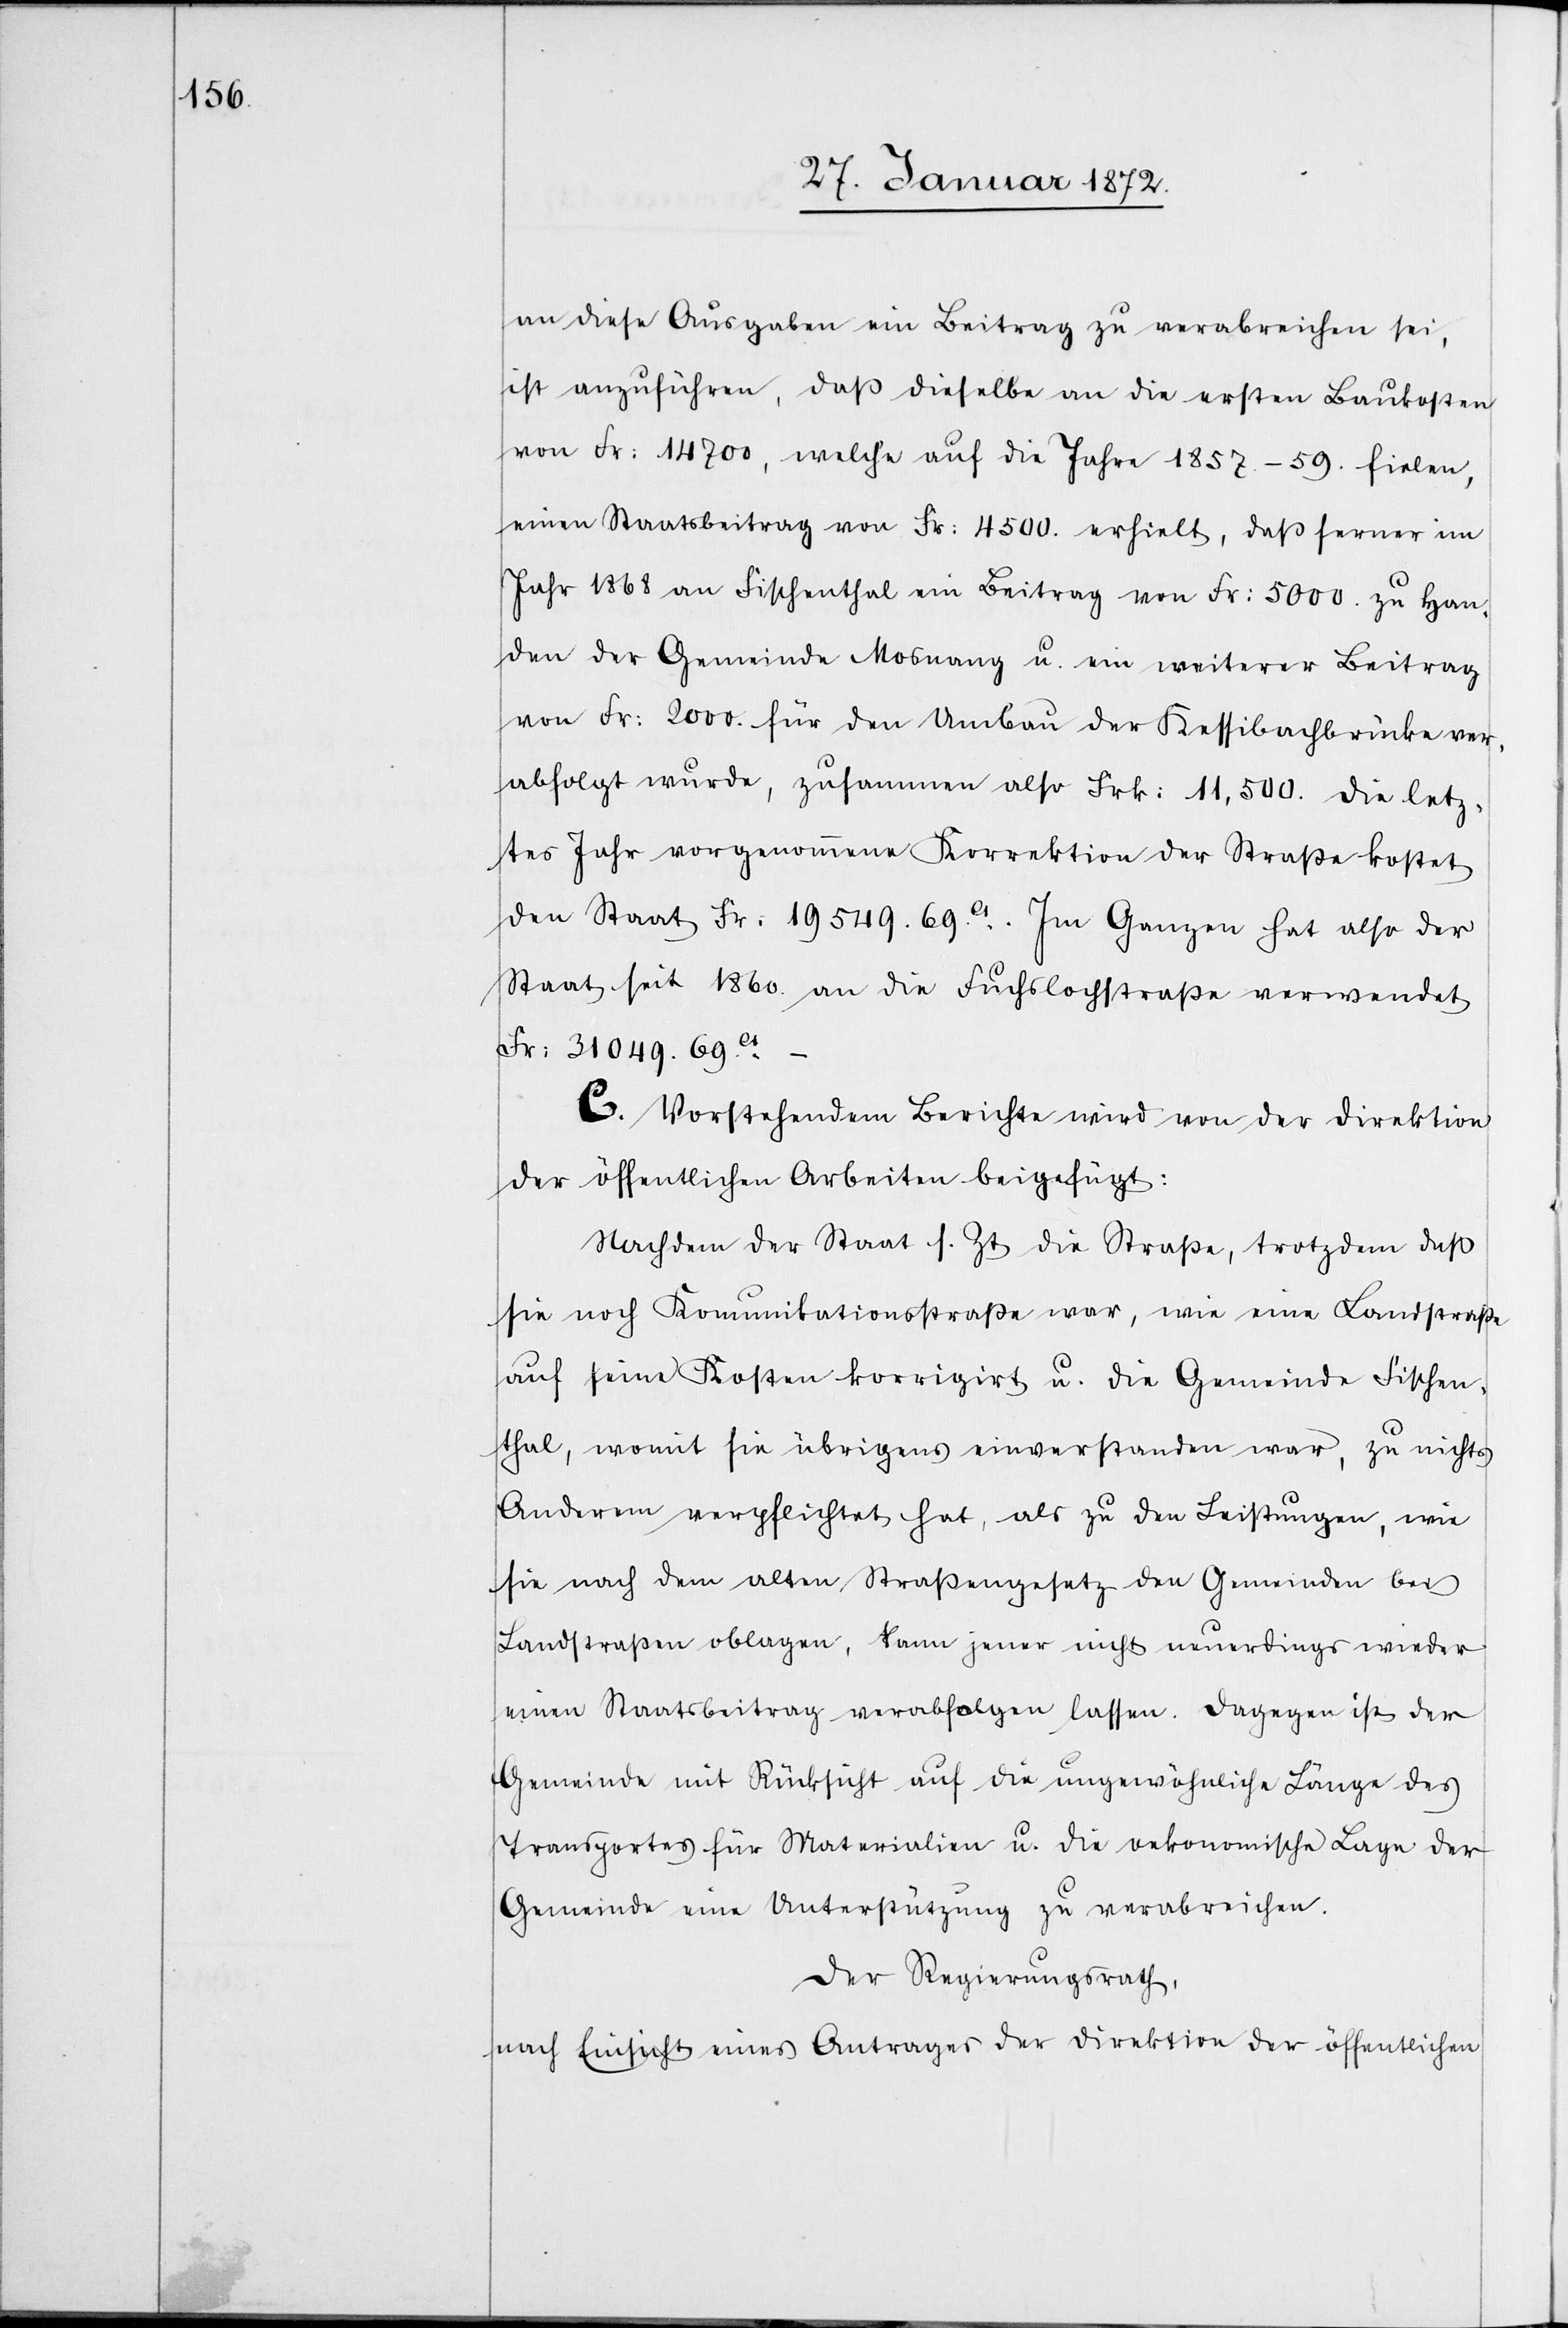
an diese Ausgaben ein Beitrag zu verabreichen sei,
ist anzuführen, daß dieselbe an die ersten Baukosten
von Fr: 14 700, welche auf die Jahre 1857.–59. fielen,
einen Staatsbeitrag von Fr: 4500. erhielt, daß ferner im
Jahr 1868 an Fischenthal ein Beitrag von Fr: 5000. zu Han¬
den der Gemeinde Mosnang u. ein weiterer Beitrag
von Fr: 2000. für den Umbau der Kessibachbrücke ver¬
abfolgt wurde, zusammen also Frk: 11,500. Die letz¬
tes Jahr vorgenommene Korrektion der Straße kostet
den Staat Fr. 19 549.69ct. Im Ganzen hat also der
Staat seit 1860. an die Fuchslochstraße verwendet
Fr: 31 049.69ct –
C. Vorstehendem Berichte wird von der Direktion
der öffentlichen Arbeiten beigefügt:
Nachdem der Staat s. Zt die Straße, trotzdem daß
sie noch Komunikationsstraße war, wie eine Landstraße
auf seine Kosten korrigirt u. die Gemeinde Fischen¬
thal, womit sie übrigens einverstanden war, zu nichts
Anderem verpflichtet hat, als zu den Leistungen, wie
sie nach dem alten Straßengesetz den Gemeinden bei
Landstraßen oblagen, kann jener nicht neuerdings wieder
einen Staatsbeitrag verabfolgen lassen. Dagegen ist der
Gemeinde mit Rücksicht auf die ungewöhnliche Länge des
Transportes für Materialien u. die oekonomische Lage der
Gemeinde eine Unterstützung zu verabreichen.
Der Regierungsrath,
nach Einsicht eines Antrages der Direktion der öffentlichen